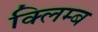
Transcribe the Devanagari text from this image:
क्लिम्ब